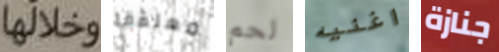
وخلالها معلقة لحم اغنيه جنازة